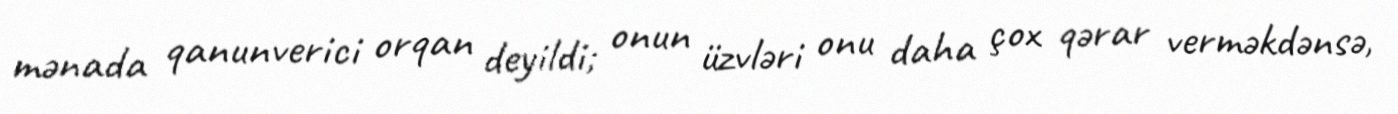
mənada qanunverici orqan deyildi; onun üzvləri onu daha çox qərar verməkdənsə,